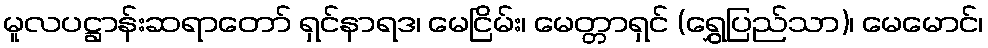
မူလပဋ္ဌာန်းဆရာတော် ရှင်နာရဒ၊ မေငြိမ်း၊ မေတ္တာရှင် (ရွှေပြည်သာ)၊ မေမောင်၊